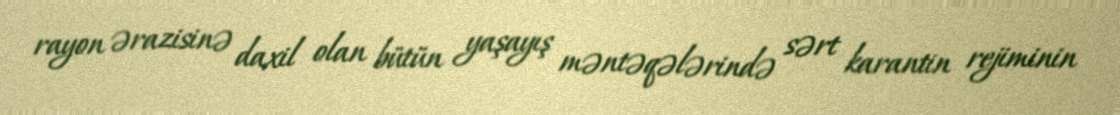
rayon ərazisinə daxil olan bütün yaşayış məntəqələrində sərt karantin rejiminin